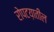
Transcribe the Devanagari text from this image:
रोपटय़ातील